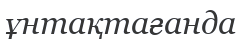
ұнтақтағанда